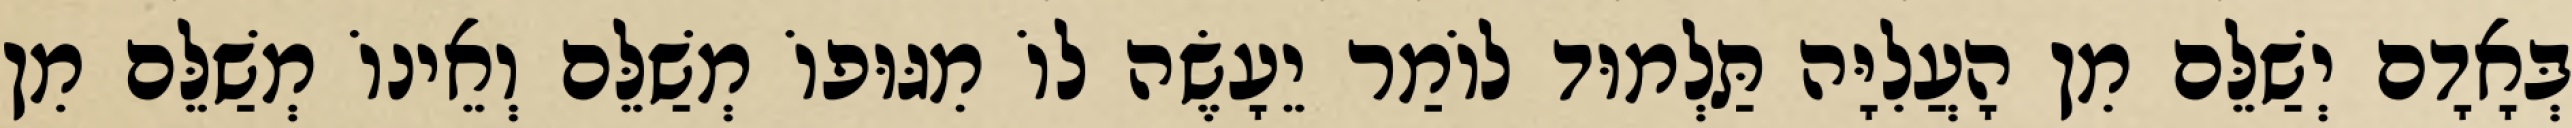
בְּאָדָם יְשַׁלֵּם מִן הָעֲלִיָּה תַּלְמוּד לוֹמַר יֵעָשֶׂה לוֹ מִגּוּפוֹ מְשַׁלֵּם וְאֵינוֹ מְשַׁלֵּם מִן